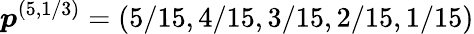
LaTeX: \boldsymbol{p}^{(5,1/3)}=(5/15,4/15,3/15,2/15,1/15)